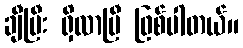
ချီပြီး ရှိလာပြီ ဖြစ်ပါတယ်။